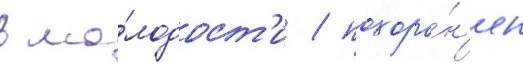
в мо́лодост'и / похоро́н'ен